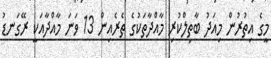
މީގެ އިތުރުން މިއަދު ބާތިލްކުރި މާއްދާތަކުގެ ތެރެއިން 13 ވަނަ މާއްދާއަކީ ރޭގަނޑު